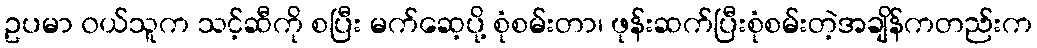
ဥပမာ ၀ယ်သူက သင့်ဆီကို စပြီး မက်ဆေ့ပို့ စုံစမ်းတာ၊ ဖုန်းဆက်ပြီးစုံစမ်းတဲ့အချိန်ကတည်းက